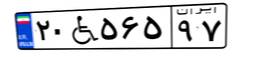
۲۰W۵۶۵۹۷